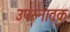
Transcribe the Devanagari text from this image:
उपस्नातक